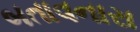
બતાવનારા